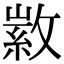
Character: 𢾰